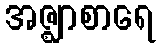
အဇ္ဈာစာရေ